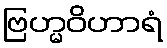
ဗြဟ္မဝိဟာရံ